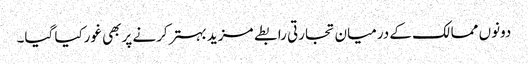
دونوں ممالک کے درمیان تجارتی رابطے مزید بہترکرنے پربھی غورکیا گیا۔